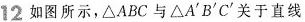
12 如图所示，△ABC与△A'B'C'关于直线